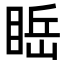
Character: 𥇸